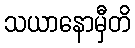
သယာနောမှီတိ